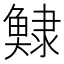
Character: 𩸺